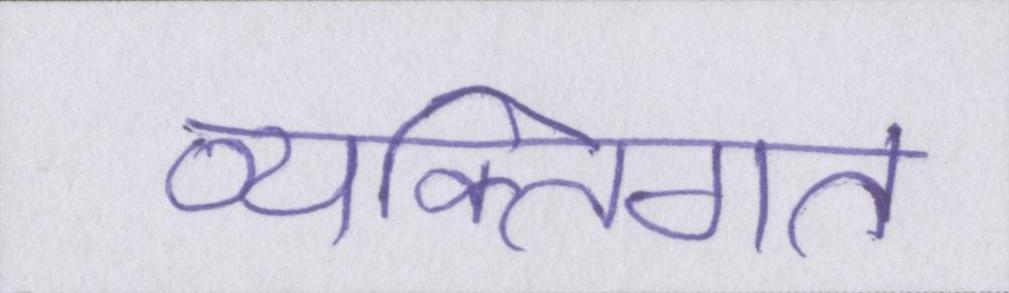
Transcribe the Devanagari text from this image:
व्यक्तिगत